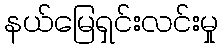
နယ်မြေရှင်းလင်းမှု